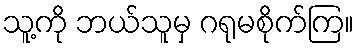
သူ့ကို ဘယ်သူမှ ဂရုမစိုက်ကြ။